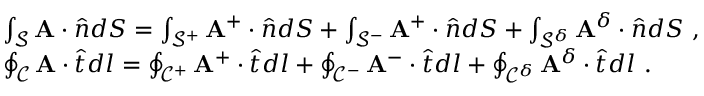
\begin{array} { r l } & { \int _ { \mathcal { S } } \mathbf { A } \cdot \hat { \boldsymbol { n } } d S = \int _ { \mathcal { S } ^ { + } } \mathbf { A } ^ { + } \cdot \hat { \boldsymbol { n } } d S + \int _ { \mathcal { S } ^ { - } } \mathbf { A } ^ { + } \cdot \hat { \boldsymbol { n } } d S + \int _ { \mathcal { S } ^ { \delta } } \mathbf { A } ^ { \delta } \cdot \hat { \boldsymbol { n } } d S ~ , } \\ & { \oint _ { \mathcal { C } } \mathbf { A } \cdot \hat { \boldsymbol { t } } d l = \oint _ { \mathcal { C } ^ { + } } \mathbf { A } ^ { + } \cdot \hat { \boldsymbol { t } } d l + \oint _ { \mathcal { C } ^ { - } } \mathbf { A } ^ { - } \cdot \hat { \boldsymbol { t } } d l + \oint _ { \mathcal { C } ^ { \delta } } \mathbf { A } ^ { \delta } \cdot \hat { \boldsymbol { t } } d l ~ . } \end{array}